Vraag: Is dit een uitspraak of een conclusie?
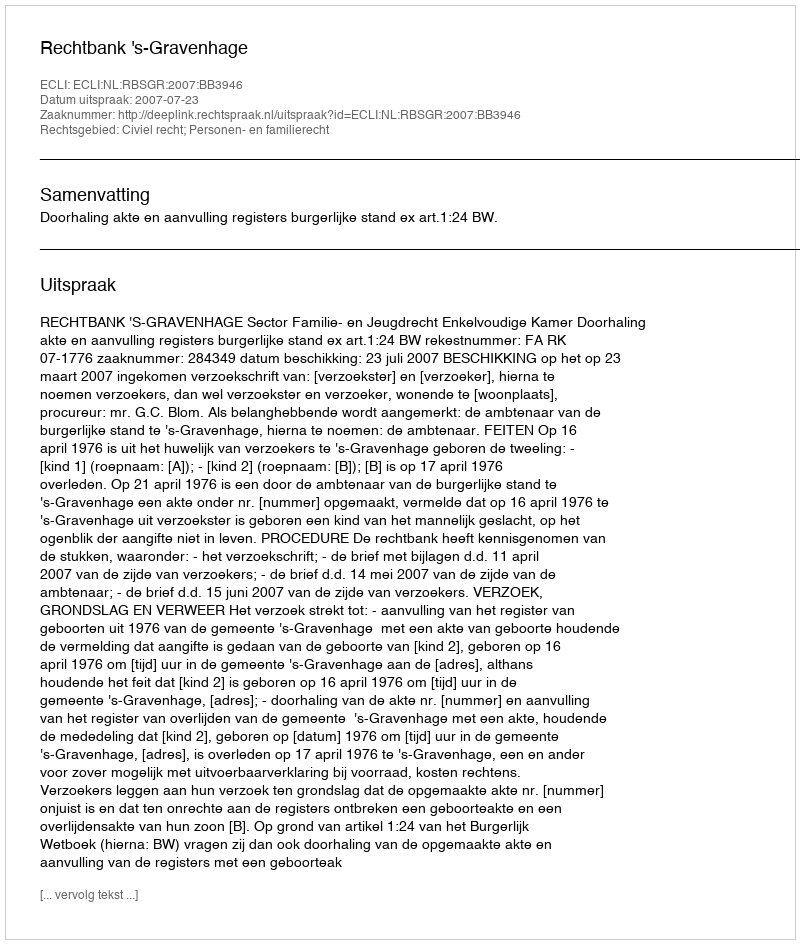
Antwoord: Uitspraak